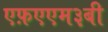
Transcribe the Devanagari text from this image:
एफ़एएम३बी